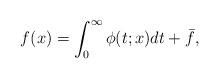
LaTeX: \begin{align*}f(x) = \int_0^\infty \phi(t;x) dt + \bar{f},\end{align*}